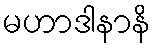
မဟာဒါနာနိ